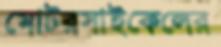
মোটরসাইকেলের